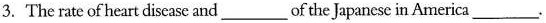
3.The rate of heart disease and ___ of the Japanese in America ___.